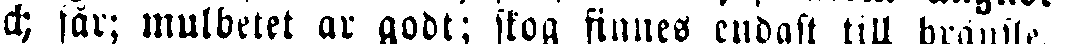
ch sår; mulbetet ar godt; skog finnes endast till bränsle.